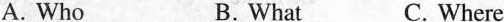
A.Who B.What C. Where